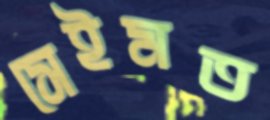
সেইমত